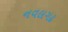
નવલગઢ